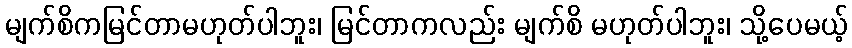
မျက်စိကမြင်တာမဟုတ်ပါဘူး၊ မြင်တာကလည်း မျက်စိ မဟုတ်ပါဘူး၊ သို့ပေမယ့်